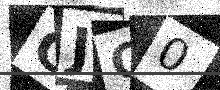
Text: GJG0